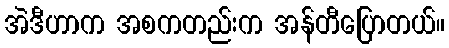
အဲဒီဟာက အစကတည်းက အန်တီပြောတယ်။